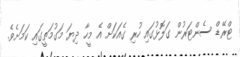
ޓްރޭޑް ސެންޓަރުން ގަލޮޅުގައި ހުރި ގެއަކަށް އެ މީހާ ދިޔަ މަގުމަތީގައި ކަމަށެވެ.